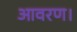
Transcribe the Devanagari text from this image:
आवरण।